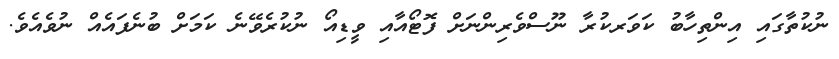
ނުކުތާގައި އިންތިހާބު ކަވަރކުރާ ނޫސްވެރިންނަށް ފޮޓޯއާއި ވީޑިއޯ ނުކުރެވޭނެ ކަމަށް ބުނެފައެއް ނުވެއެވެ.